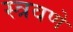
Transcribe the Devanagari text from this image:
स्त्रवणे